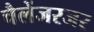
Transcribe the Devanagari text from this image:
चैलेंजरजर